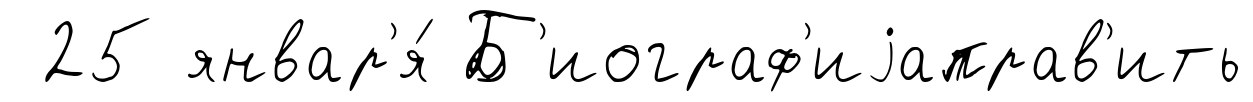
25 январ'я́ Б'иограф'иjаправ'ить